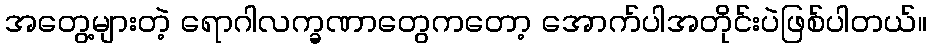
အတွေ့များတဲ့ ရောဂါလက္ခဏာတွေကတော့ အောက်ပါအတိုင်းပဲဖြစ်ပါတယ်။